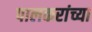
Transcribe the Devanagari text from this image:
पालकरांच्या